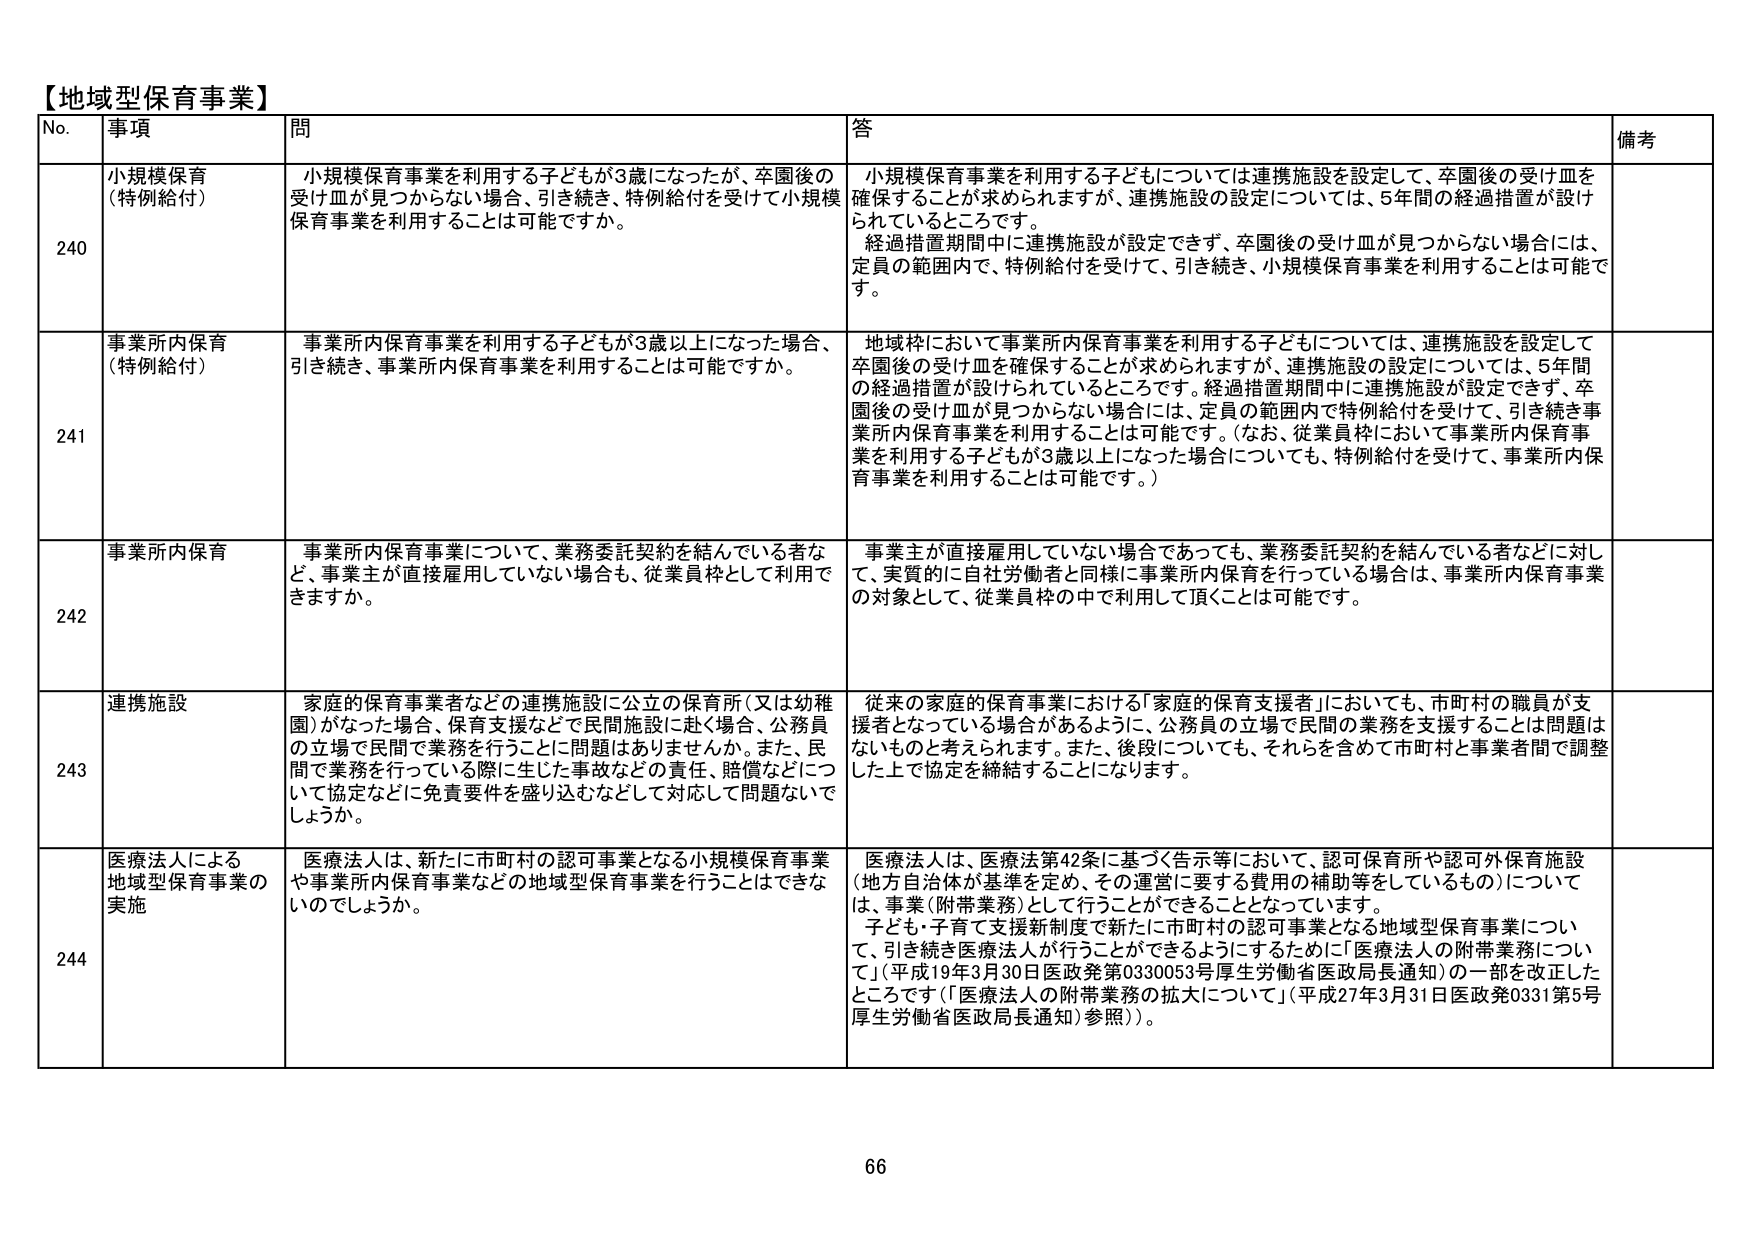
【地域型保育事業】

No. 事項 問 答 備考

240 小規模保育（特例給付） 小規模保育事業を利用する子どもが3歳になったが、卒園後の受け皿が見つからない場合、引き続き、特例給付を受けて小規模保育事業を利用することは可能ですか。 小規模保育事業を利用する子どもについては連携施設を設定して、卒園後の受け皿を確保することが求められますが、連携施設の設定については、5年間の経過措置が設けられているところです。 経過措置期間中に連携施設が設定できず、卒園後の受け皿が見つからない場合には、定員の範囲内で、特例給付を受けて、引き続き、小規模保育事業を利用することは可能です。

241 事業所内保育（特例給付） 事業所内保育事業を利用する子どもが3歳以上になった場合、引き続き、事業所内保育事業を利用することは可能ですか。 地域枠において事業所内保育事業を利用する子どもについては、連携施設を設定して卒園後の受け皿を確保することが求められますが、連携施設の設定については、5年間の経過措置が設けられているところです。経過措置期間中に連携施設が設定できず、卒園後の受け皿が見つからない場合には、定員の範囲内で特例給付を受けて、引き続き事業所内保育事業を利用することは可能です。（なお、従業員枠において事業所内保育事業を利用する子どもが3歳以上になった場合についても、特例給付を受けて、事業所内保育事業を利用することは可能です。）

242 事業所内保育 事業所内保育事業について、業務委託契約を結んでいる者など、事業主が直接雇用していない場合も、従業員枠として利用できますか。 事業主が直接雇用していない場合であっても、業務委託契約を結んでいる者などに対して、実質的に自社労働者と同様に事業所内保育を行っている場合は、事業所内保育事業の対象として、従業員枠の中で利用して頂くことは可能です。

243 連携施設 家庭的保育事業者などの連携施設に公立の保育所（又は幼稚園）がなった場合、保育支援などで民間施設に赴く場合、公務員の立場で民間で業務を行うことに問題はありますか。また、民間で業務を行っている際に生じた事故などの責任、賠償などについて協定などに免責要件を盛り込むなどして対応して問題ないでしょうか。 従来の家庭的保育事業における「家庭的保育支援者」においても、市町村の職員が支援者となっている場合があるように、公務員の立場で民間の業務を支援することは問題はないものと考えられます。また、後段についても、それらを含めて市町村と事業者間で調整した上で協定を締結することになります。

244 医療法人による地域型保育事業の実施 医療法人は、新たに市町村の認可事業となる小規模保育事業や事業所内保育事業などの地域型保育事業を行うことはできないのでしょうか。 医療法人は、医療法第42条に基づく告示等において、認可保育所や認可外保育施設（地方自治体が基準を定め、その運営に要する費用の補助等をしているもの）については、事業（附帯業務）として行うことができることとなっています。 子ども・子育て支援新制度で新たに市町村の認可事業となる地域型保育事業について、引き続き医療法人が行うことができるようにするために「医療法人の附帯業務について」（平成19年3月30日医政発第0330053号厚生労働省医政局長通知）の一部を改正したところです（「医療法人の附帯業務の拡大について」（平成27年3月31日医政発0331第5号厚生労働省医政局長通知）参照）。

66